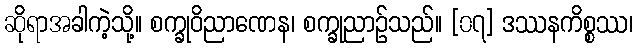
ဆိုရာအခါကဲ့သို့။ စက္ခုဝိညာဏေန၊ စက္ခုညာဉ်သည်။ [၀၇] ဒဿနကိစ္စဿ၊